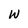
Character: w